Annual report of the Punjab Veterinary College and of the Civil Veterinary Department, Punjab - 1920-1925
Year: 1920
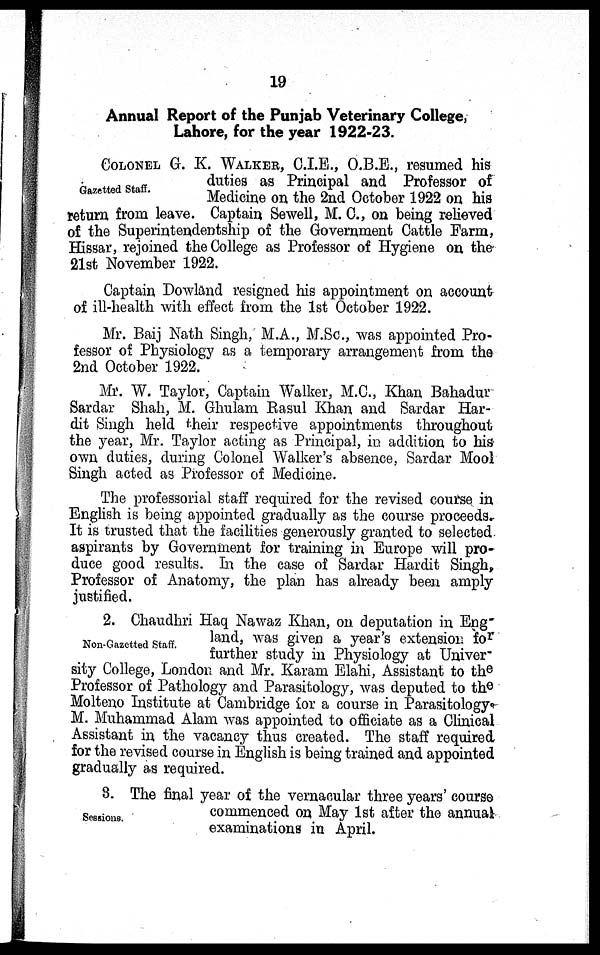
19
Annual Report of the Punjab Veterinary College,
Lahore, for the year 1922-23.
Gazetted Staff.
COLONEL G. K. WALKER, C.I.E., O.B.E., resumed his
duties as Principal and Professor of
Medicine on the 2nd October 1922 on his
return from leave. Captain Sewell, M. C., on being relieved
of the Superintendentship of the Government Cattle Farm,
Hissar, rejoined the College as Professor of Hygiene on the
21st November 1922.
Captain Dowland resigned his appointment on account
of ill-health with effect from the 1st October 1922.
Mr. Baij Nath Singh, M.A., M.Sc., was appointed Pro-
fessor of Physiology as a temporary arrangement from the
2nd October 1922.
Mr. W. Taylor, Captain Walker, M.C., Khan Bahadur
Sardar Shah, M. Ghulam Rasul Khan and Sardar Har-
dit Singh held their respective appointments throughout
the year, Mr. Taylor acting as Principal, in addition to his
own duties, during Colonel Walker's absence, Sardar Mool
Singh acted as Professor of Medicine.
The professorial staff required for the revised course in
English is being appointed gradually as the course proceeds.
It is trusted that the facilities generously granted to selected
aspirants by Government for training in Europe will pro-
duce good results. In the case of Sardar Hardit Singh,
Professor of Anatomy, the plan has already been amply
justified.
Non-Gazetted Staff.
2. Chaudhri Haq Nawaz Khan, on deputation in Eng-
land, was given a year's extension for
further study in Physiology at Univer-
sity College, London and Mr. Karam Elahi, Assistant to the
Professor of Pathology and Parasitology, was deputed to the
Molteno Institute at Cambridge for a course in Parasitology
M. Muhammad Alam was appointed to officiate as a Clinical
Assistant in the vacancy thus created. The staff required
for the revised course in English is being trained and appointed
gradually as required.
Sessions.
8. The final year of the vernacular three years' course
commenced on May 1st after the annual
examinations in April.